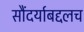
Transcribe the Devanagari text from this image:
सौंदर्याबद्दलच